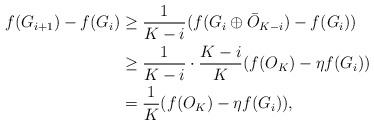
\begin{align*}f(G_{i+1})-f(G_i)&\geq \frac{1}{K-i}(f(G_i\oplus \bar{O}_{K-i})-f(G_i))\\&\geq\frac{1}{K-i}\cdot\frac{K-i}{K}(f(O_K)-\eta f(G_i))\\&= \frac{1}{K}(f(O_K)-\eta f(G_i)),\end{align*}